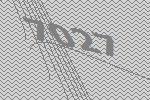
7027